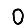
Digit: 0